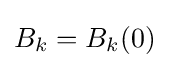
B_{k}=B_{k}(0)